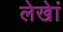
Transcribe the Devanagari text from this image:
लेखेां